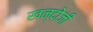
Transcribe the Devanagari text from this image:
खन्दोजी